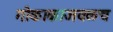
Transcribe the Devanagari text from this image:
गोकाकाजवळच